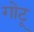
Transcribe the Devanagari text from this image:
गोटू